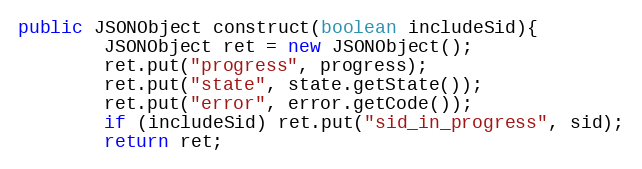
Language: Java
public JSONObject construct(boolean includeSid){
        JSONObject ret = new JSONObject();
        ret.put("progress", progress);
        ret.put("state", state.getState());
        ret.put("error", error.getCode());
        if (includeSid) ret.put("sid_in_progress", sid);
        return ret;